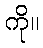
ကို။